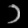
Digit: ၁